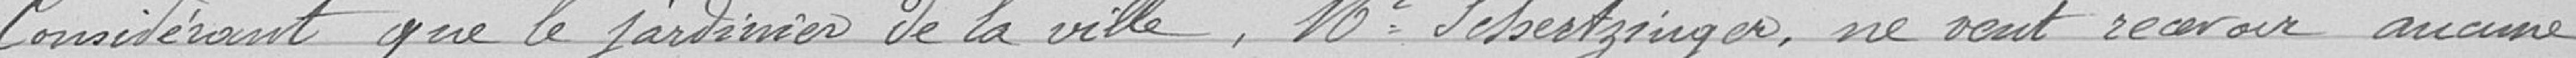
Considérant que le jardinier de la ville, Mr Sehertzinger, ne veut recevoir aucune